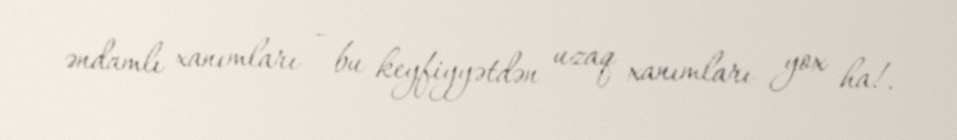
əndamlı xanımları - bu keyfiyyətdən uzaq xanımları yox ha!.